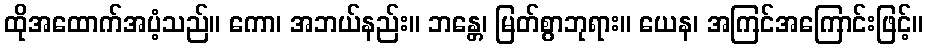
ထိုအထောက်အပံ့သည်။ ကော၊ အဘယ်နည်း။ ဘန္တေ၊ မြတ်စွာဘုရား။ ယေန၊ အကြင်အကြောင်းဖြင့်။